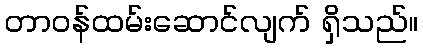
တာဝန်ထမ်းဆောင်လျက် ရှိသည်။